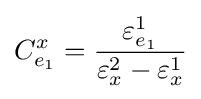
C_{e_{1}}^{x}={\frac {\varepsilon _{e_{1}}^{1}}{\varepsilon _{x}^{2}-\varepsilon _{x}^{1}}}